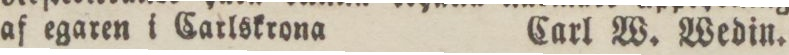
af egaren i Carlskrona    Carl W. Wedin.